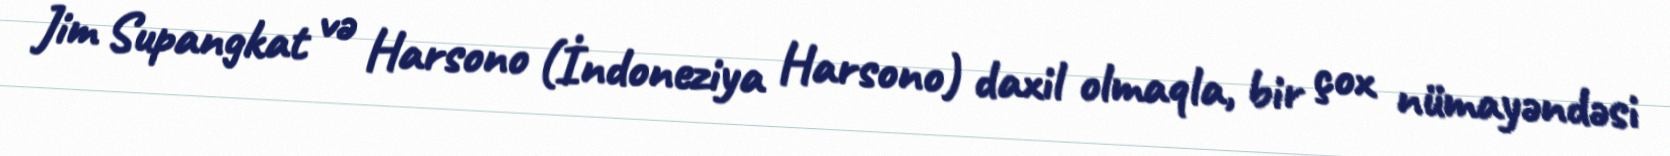
Jim Supangkat və Harsono (İndoneziya Harsono) daxil olmaqla, bir çox nümayəndəsi